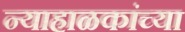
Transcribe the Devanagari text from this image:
न्याहाळकांच्या